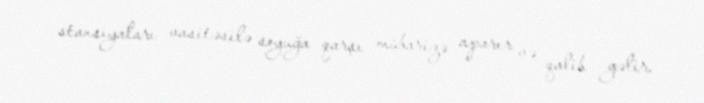
stansiyaları vasitəsilə soyuğa qarşı mübarizə aparır və qalib gəlir.